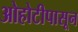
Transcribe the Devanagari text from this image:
ओहोटीपासून